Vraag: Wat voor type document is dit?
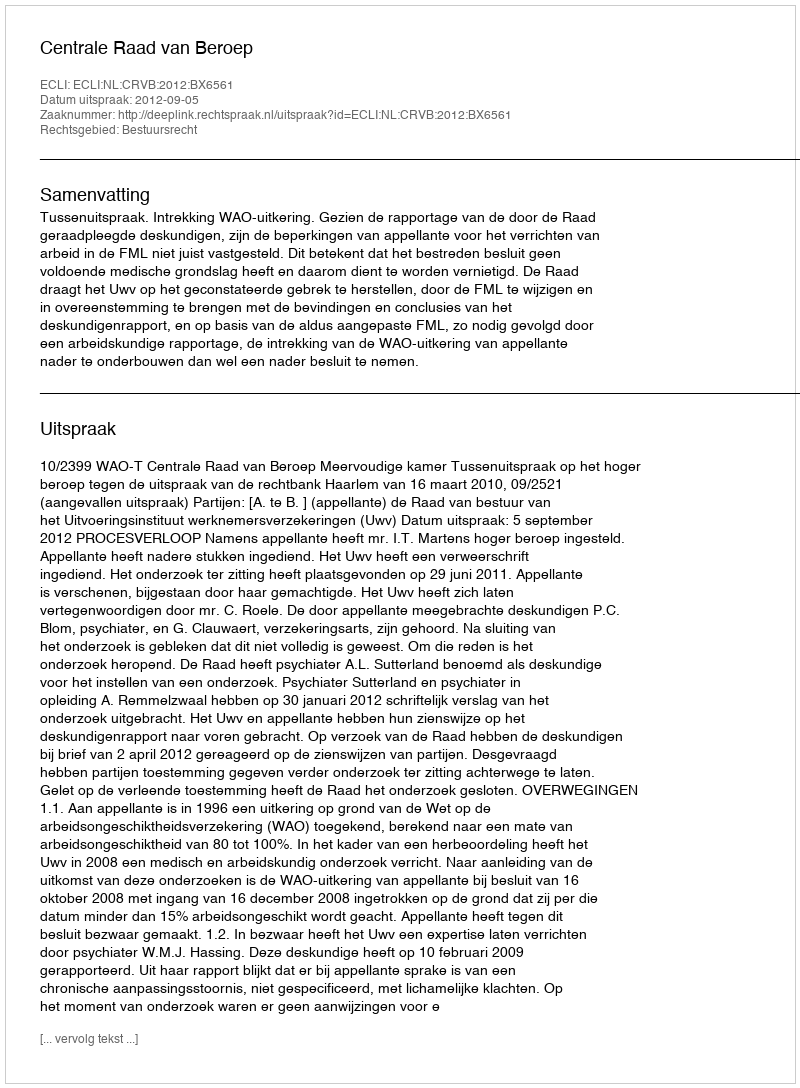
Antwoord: Uitspraak